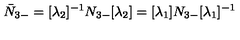
\bar { N } _ { 3 - } = [ \lambda _ { 2 } ] ^ { - 1 } N _ { 3 - } [ \lambda _ { 2 } ] = [ \lambda _ { 1 } ] N _ { 3 - } [ \lambda _ { 1 } ] ^ { - 1 }